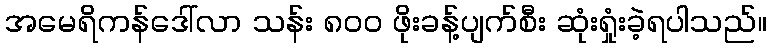
အမေရိကန်ဒေါ်လာ သန်း ၈၀၀ ဖိုးခန့်ပျက်စီး ဆုံးရှုံးခဲ့ရပါသည်။